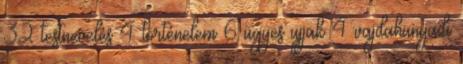
32 testnevelés 4 történelem 6 ügyes ujjak 4 vajdahunyadi